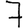
Digit: 7